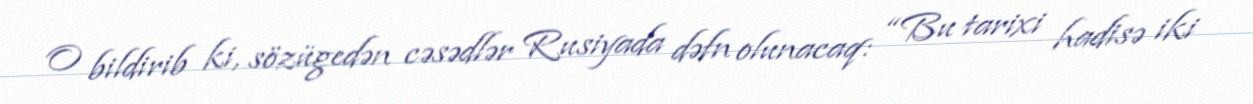
O bildirib ki, sözügedən cəsədlər Rusiyada dəfn olunacaq: “Bu tarixi hadisə iki